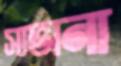
সাভানা